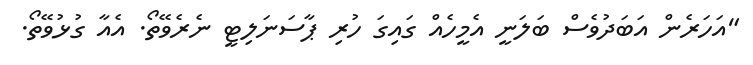
"އަހަރެން އަބަދުވެސް ބަލަނީ އެމީހެއް ގަައިގަ ހުރި ޕާސަނަލިޓީ ނެރެވޭތޯ. އެއާ ގުޅުވޭތޯ.